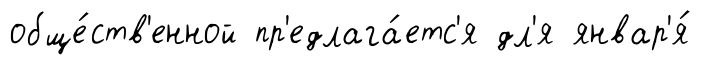
обще́ств'енной пр'едлага́етс'я дл'я январ'я́